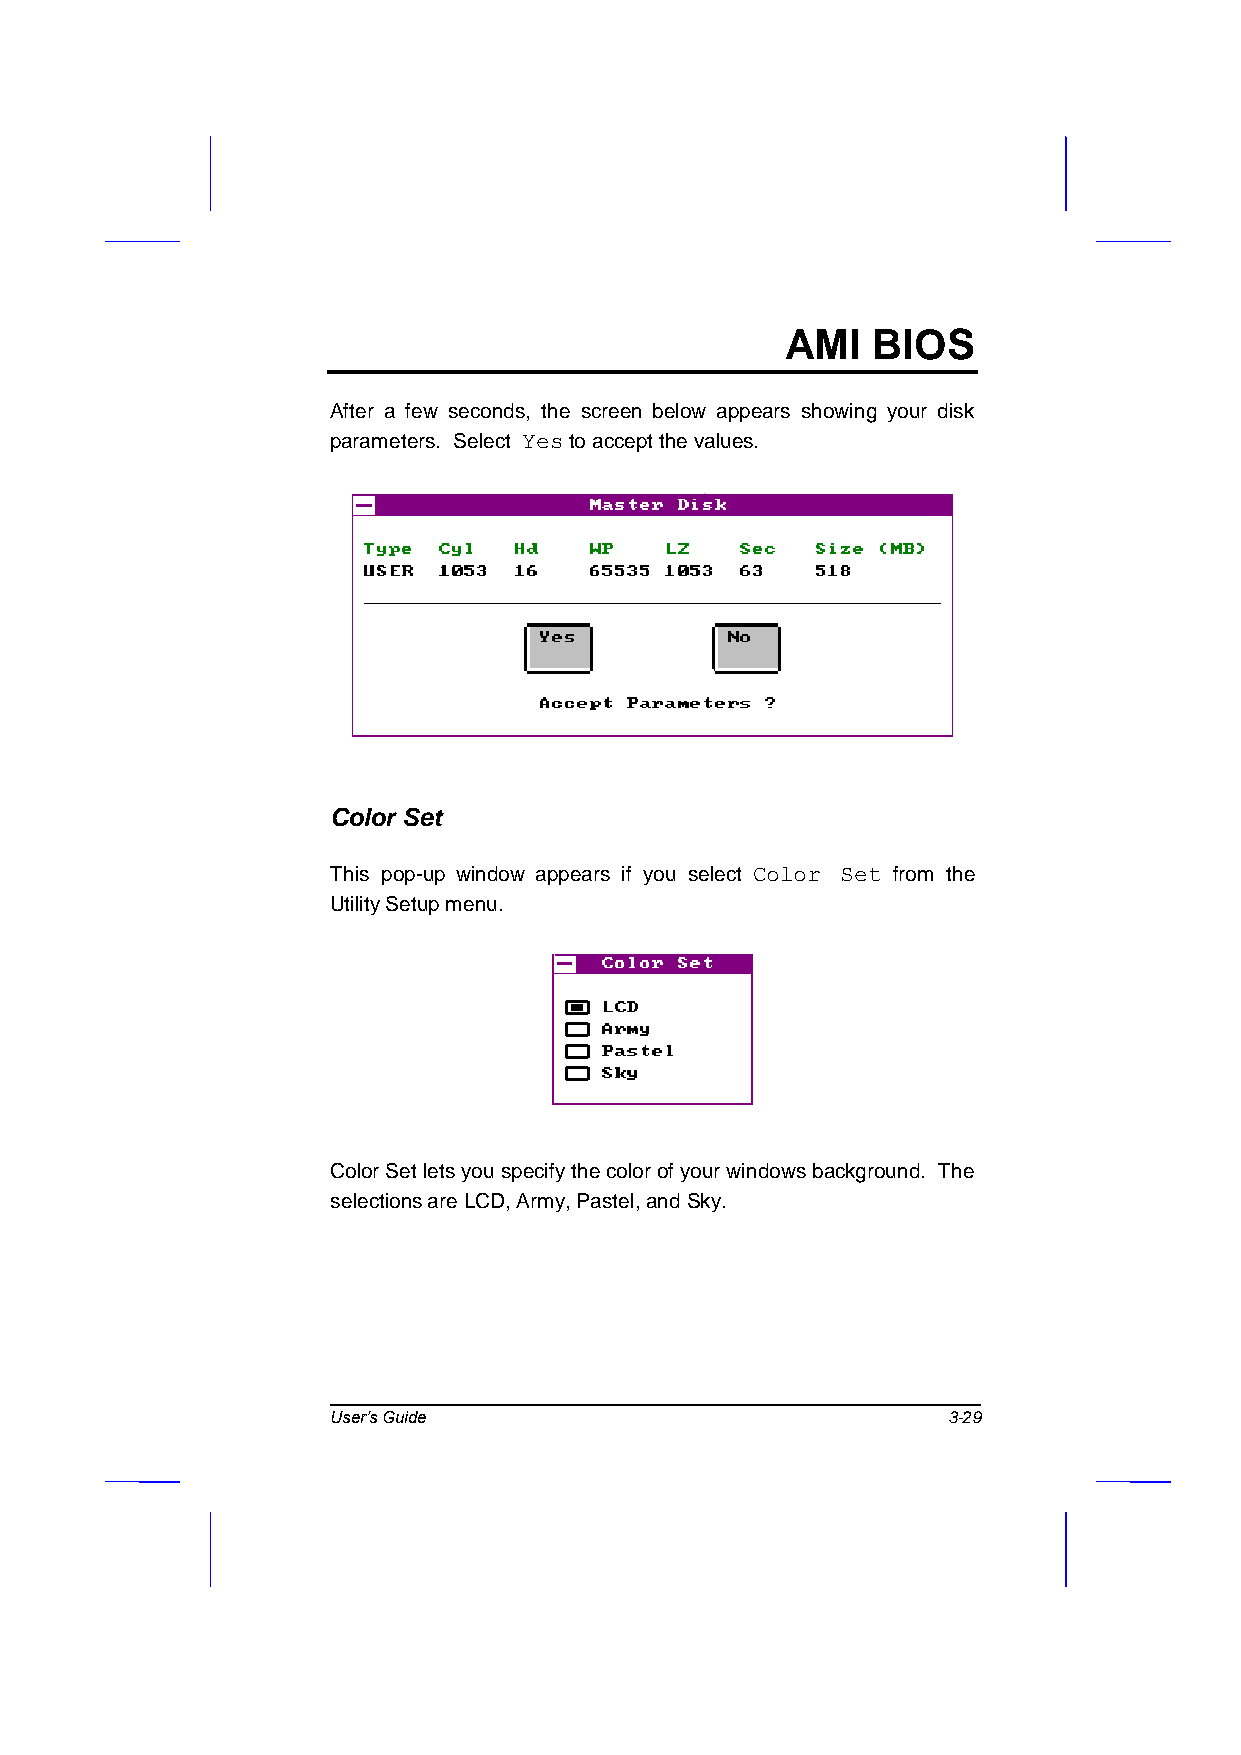
AMI   BIOS
 After a few seconds, the screen below appears showing your disk
 parameters. Select Yes to accept the values.
 Color Set
 This pop-up window appears if you select Color Set from the
 Utility Setup menu.
 Color Set lets you specify the color of your windows background. The
 selections are LCD, Army, Pastel, and Sky.
 User’s Guide                             3-29